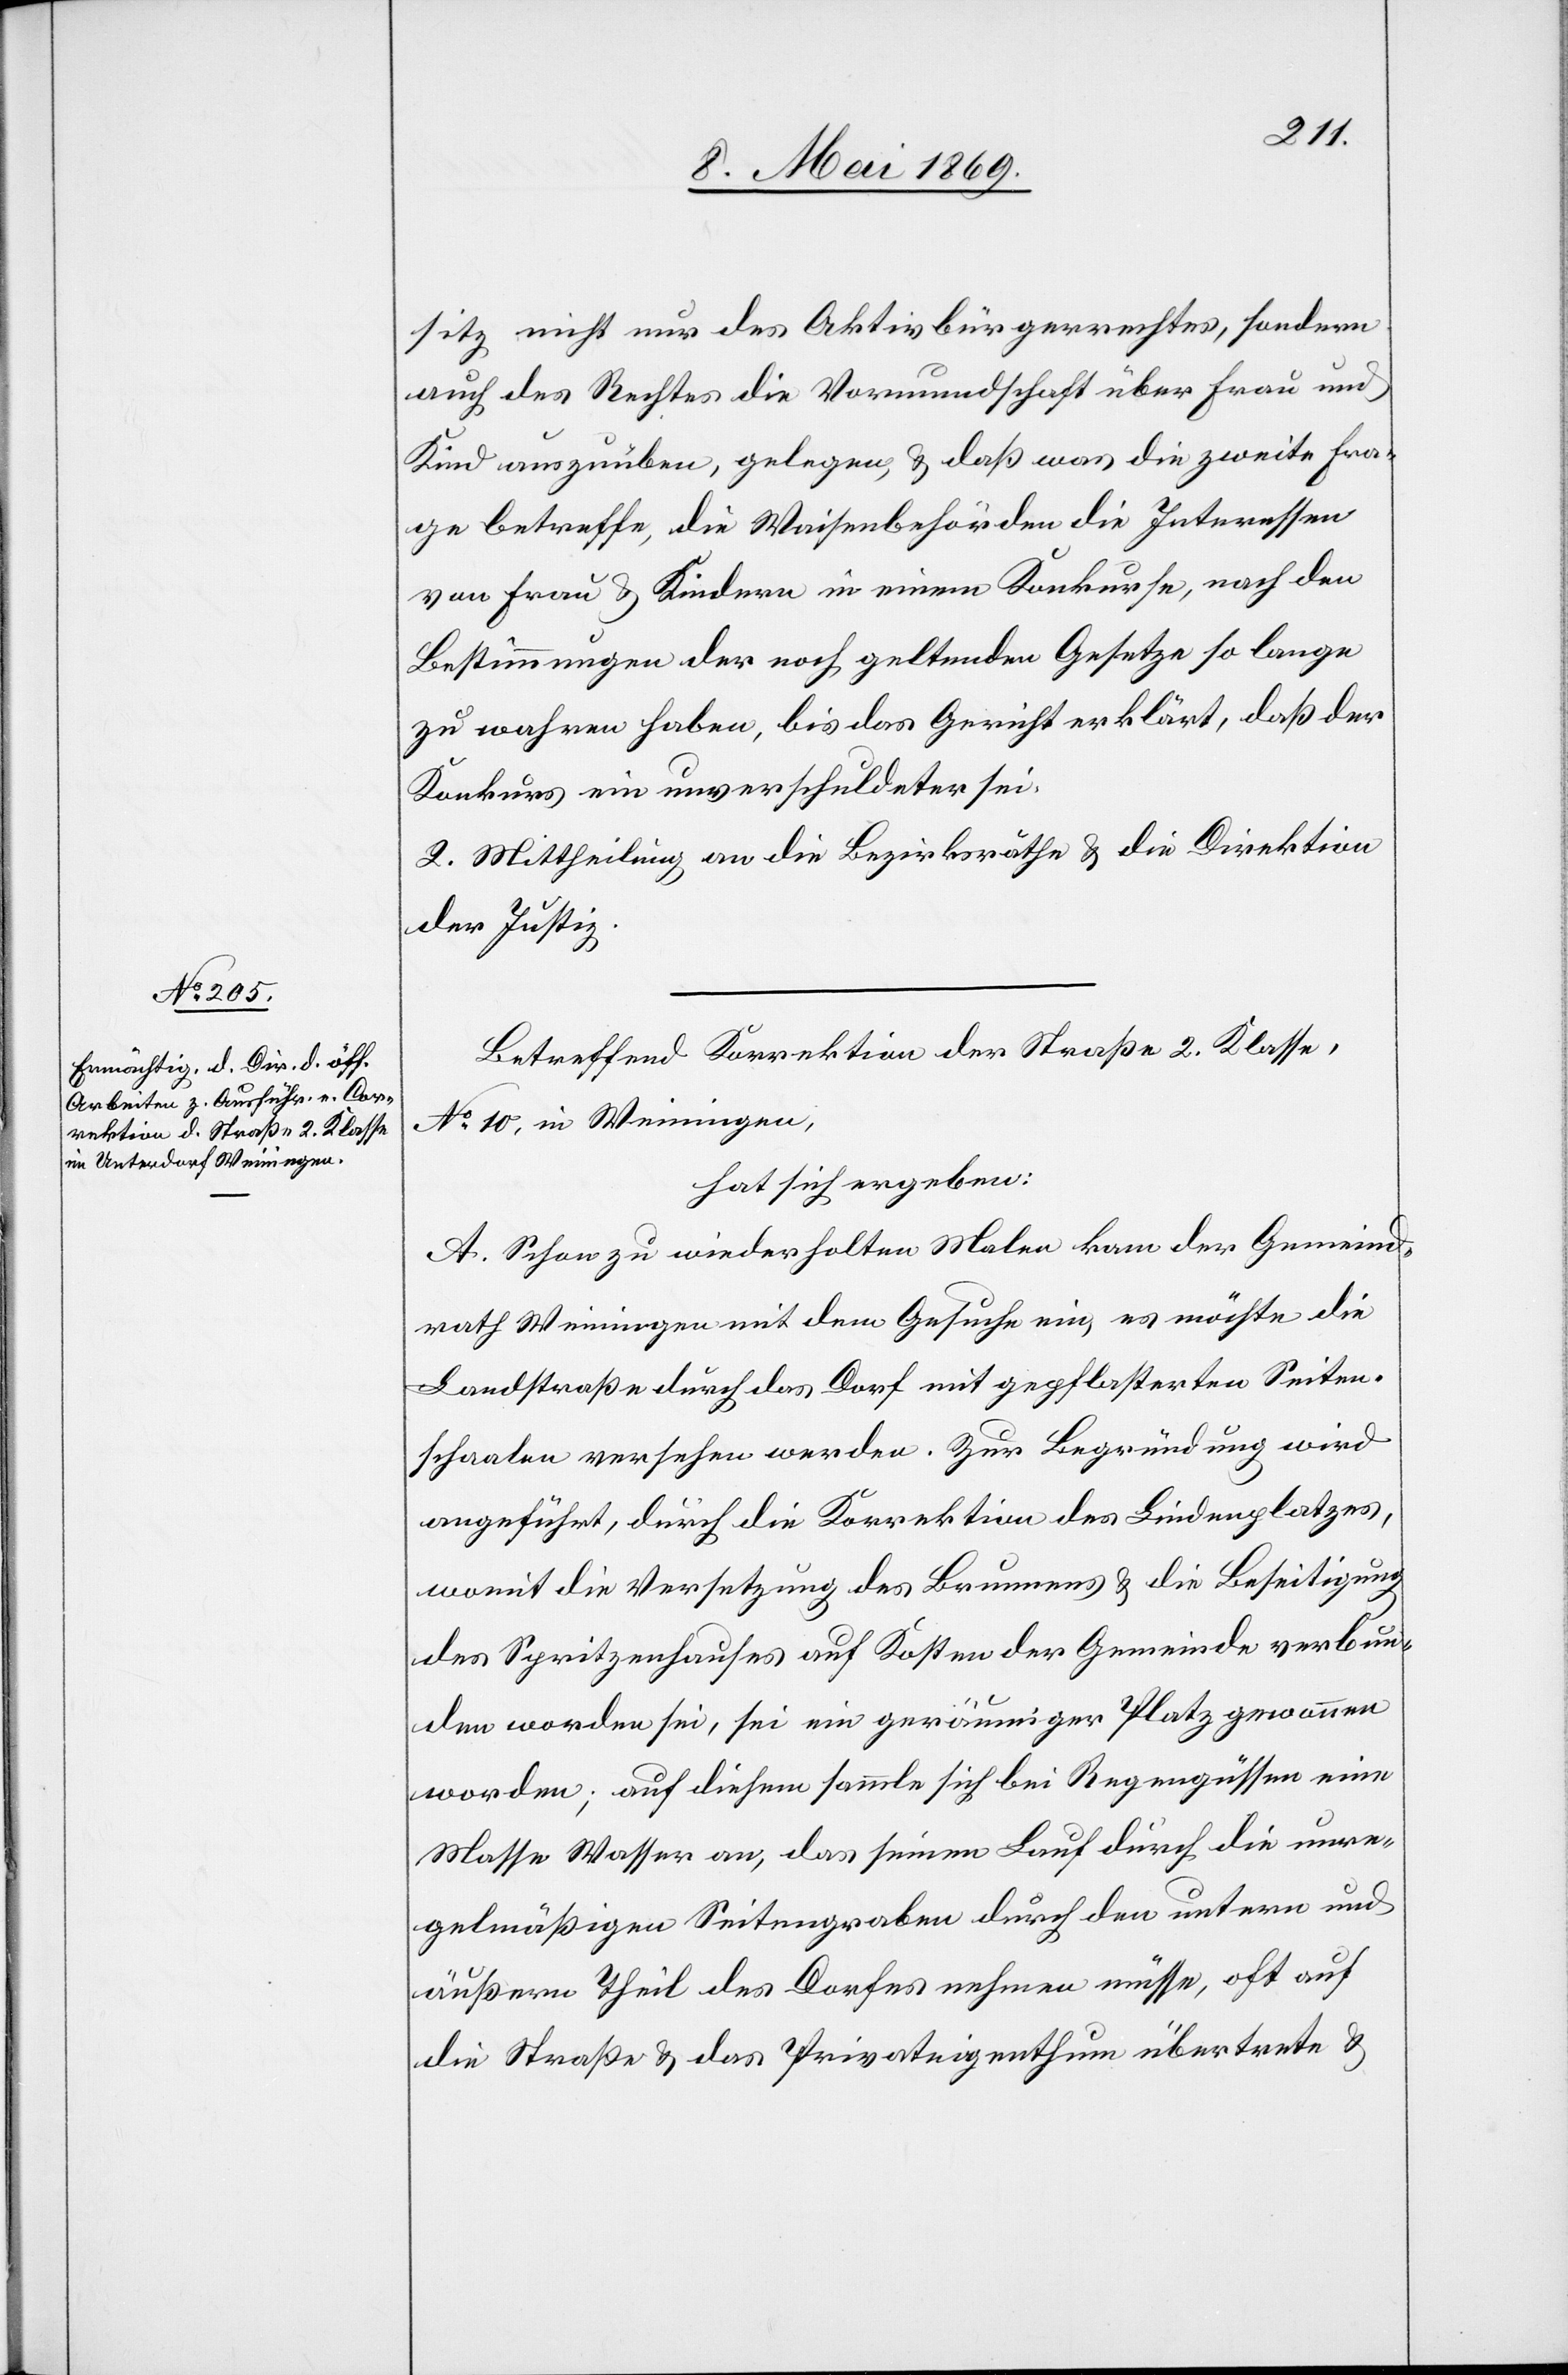
sitz nicht nur des Aktivbürgerrechtes, sondern
auch des Rechtes die Vormundschaft über Frau und
Kind auszuüben, gelegen, u. daß was die zweite Fra¬
ge betreffe, die Waisenbehörden die Interessen
von Frau u. Kindern in einem Konkurse, nach den
Bestimmungen der noch geltenden Gesetze so lange
zu wahren haben, bis das Gericht erklärt, daß der
Konkurs ein unverschuldeter sei.
2. Mittheilung an die Bezirksräthe u. die Direktion
der Justiz.
Betreffend Korrektion der Straße 2. Klasse,
No 10, in Weiningen,
hat sich ergeben:
A. Schon zu wiederholten Malen kam der Gemeind¬
rath Weiningen mit dem Gesuche ein, es möchte die
Landstraße durch das Dorf mit gepflasterten Seiten¬
schaalen versehen werden. Zur Begründung wird
angeführt, durch die Korrektion des Lindenplatzes,
womit die Versetzung des Brunnens u. die Beseitigung
des Spritzenhauses auf Kosten der Gemeinde verbun¬
den worden sei, sei ein geräumiger Platz genommen
worden; auf diesem sammle sich bei Regengüssen eine
Masse Wasser an, das seinen Lauf durch die unre¬
gelmäßigen Seitengraben durch den untern und
äußern Theil des Dorfes nehmen müsse, oft auf
die Straße u. das Privateigenthum übertrete u.